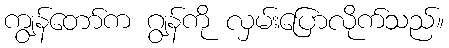
ကျွန်တော်က ဂျွန်ကို လှမ်းပြောလိုက်သည်။